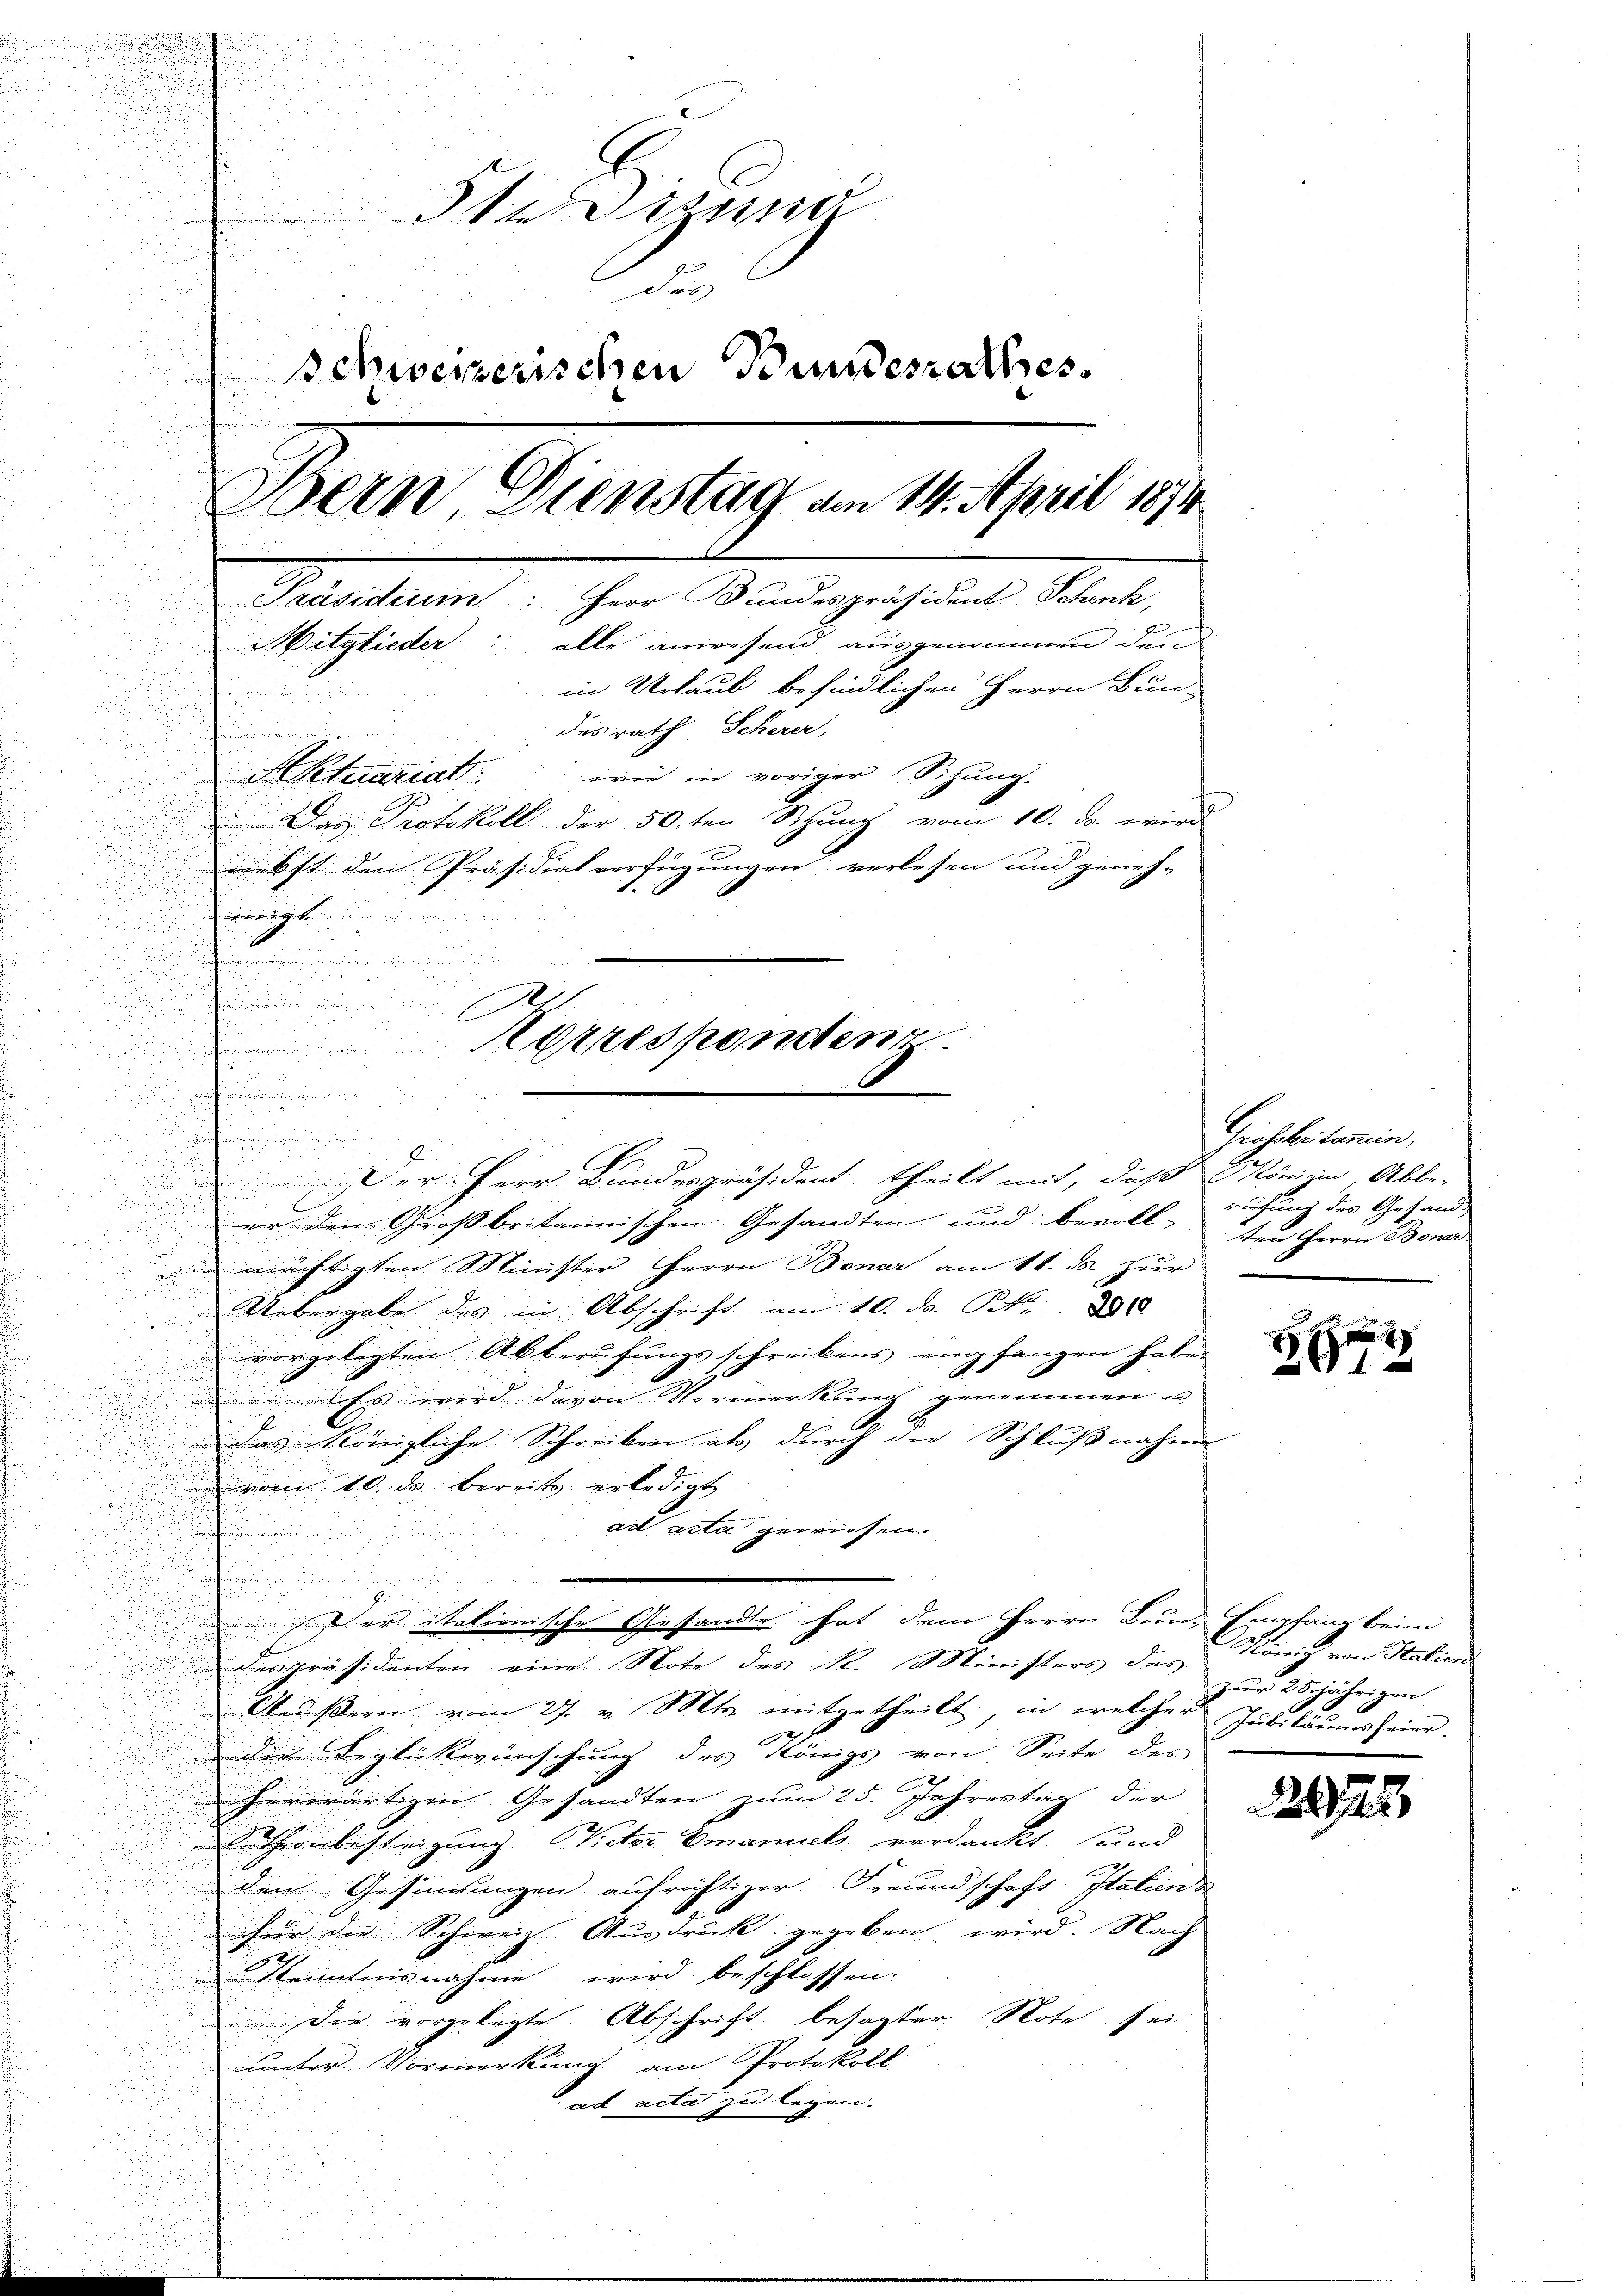
h Gesund
des
Schweizerischen Bundesrathes.
Bern Dienstag am 14. April 1874
Präsidium: Herr Bundespräsident Schenk,
Mitglieder: alle anwesend ausgenommen den
in Urlaub befindlichen Herrn Bun-
desrath Scherer,
e
Aktuariat wie in voriger Sitzung.
 Das Protokoll der 50.ten Sitzung vom 10. da wird
2
bst den Präsidialverfügungen verlesen und geneh-
dgott in
u
F

shunden sinnungen den seinen und

i
u
u
i

.

er den Großbritannischen Gesandten und bevolle Herrn Boner

mächtigten Minister Herrn Bonar am 11. ds. zŭr
UUebergabe des in Abschrift am 10. d. B. 388
vorgelegten Abberufungsschreibens einpfangen habe.
 Es wird davon Vormerkung genommen u
das Königliche Schreiben als durch die Schlußnahme
vom 10. ds bereits erledigt
ad acta gewiesen.
i

a
f
der italienische Gesandte hat dem Herrn Bund Empfang beim
despräsidenten eine Note des R. Ministers des König von Station
Äußern vom 27. Mts. mitgetheilt, in welches Jubiläumsfeier.
die Beglückwünschung des Königs von Seite des
herwärtigen Gesandten zum 25. Jahrestag der
 Thronbesteigung Victor. Emanuels verdankt, und
den Gesinnungen aufrichtiger Freundschaft Italiena
.
hür die Schwein Ausdruck gegeben wird. Nach
Kenntnisnahme wird beschlossen:
un die vorgelegte Abschrift besagter Note sei
unter Vormerkung am Protokoll
i
ad acta zu legen.
¬

Herrespontent

1
.
.
Der Herr Bundespräsident theilt mit, daß Königin Abbe-

Grossbritamin,
reifung des Gesand¬

24

e

zuur 28jährigen

22075